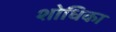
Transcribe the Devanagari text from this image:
शोधिका